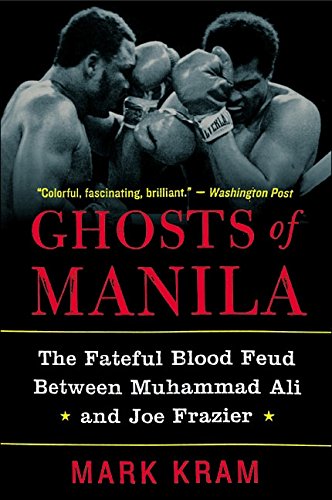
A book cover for Ghosts of Manila: The Fateful Blood Feud Between Muhammad Ali and Joe Frazier; Mark Kram; Biographies & Memoirs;